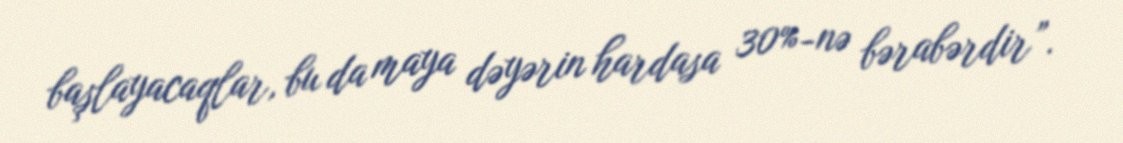
başlayacaqlar, bu da maya dəyərin hardasa 30%-nə bərabərdir”.